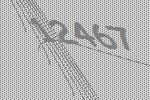
12467